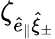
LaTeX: \zeta_{\hat{e}_{\parallel}\hat{\mathbf{\xi}}_{\pm}}